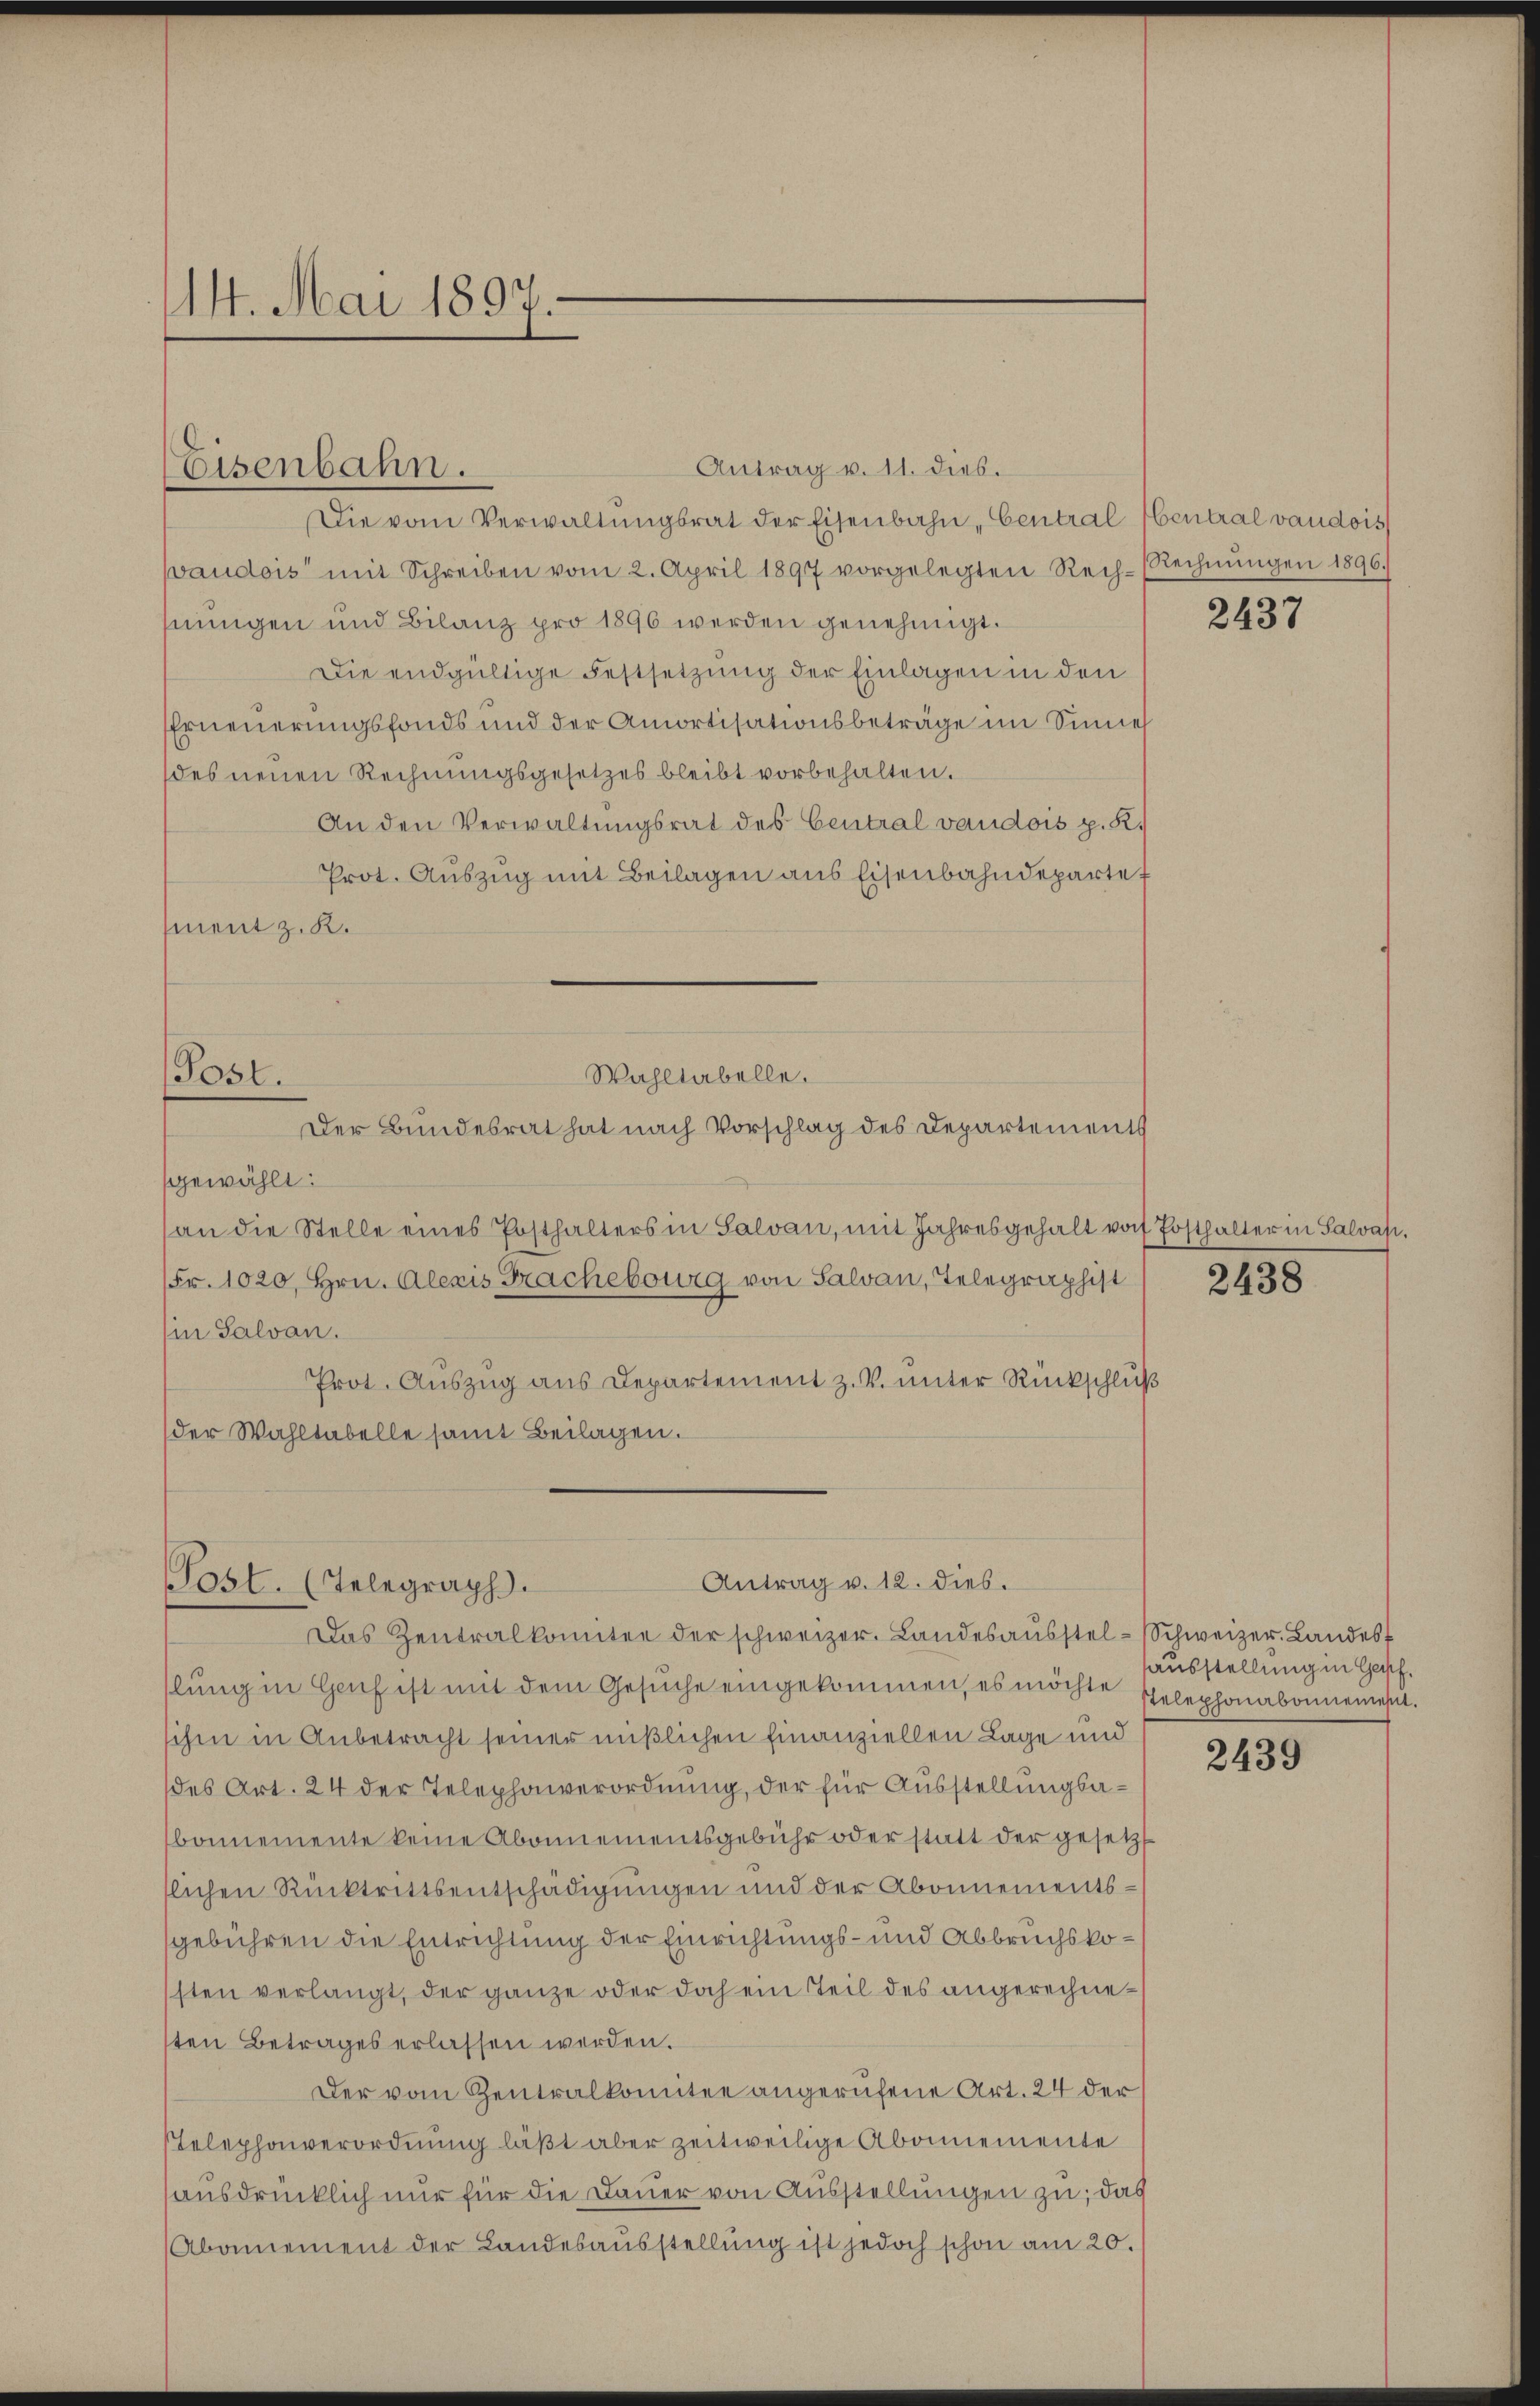
14. Mai 1897.

Antrag v. 11. dies.
Die vom Verwaltŭngsrat der Eisenbahn Central Central vaudois
vaudois mit Schreiben vom 2. April 1897 vorgelegten Rech-Rechnŭngen 1896.
hnungen und Bilanz pro 1896 werden genehmigt.
Die endgültige Festsetzung der Einlagen in den
Erneuerungsfonds und der Amortisationsbeträge im Sinnes
des neuen Rechnungsgesetzes bleibt vorbehalten.
An den Verwaltungsrat des Central vaudois p. R.
Prot. Auszug mit Beilagen aus Eisenbahndepartet
ment z. K.
Wahltabelle.
Post.
Der Bundesrat hat nach Vorschlag des Departements
gewählt:
(an die Stelle eines Posthalters in Salvan, mit Jahresgehalt von Posthalter in Salvasi
Fr. 1020, Hrn. Alexis Frachebourg von Salvan, Telegraphist
(in Salvan.
Prot. Auszug aus Departement z. V. unter Rückschluß
der Wahltabelle samt Beilagen.

Eisenbahn.

Antrag v. 12. dies.
Post. (Telegraph

Das Zentralkomitee der schweizer. Landesaŭsstel-Schweizer. Landes
lŭng in Genf ist mit dem Gesŭche eingekommen, es möchte Gelephonabonnement.
schen in Anbetracht seiner mißlichen Finanziellen Lage und
des Art. 24 der Telephonverordnung, der für Ausstellungsabonnemente keine Abonnementsgebühr oder statt der gesetzt
slichen Rücktrittsentschädigungen und der Abonnementsgebühren die Entrichtung der Einrichtungs- und Abbruchskosten verlangt, der ganze oder doch ein Teil des angerechneten Betrages erlassen werden.
Der vom Zentralkomitee angerufene Art. 24 der
Telephonverordnung läßt aber zeitweilige Abonnemente
ausdrücklich nur für die Dauer von Ausstellungen zu; das
Abamement der Landesaŭsstellŭng ist jedoch schon am 20.

2437

2438

ausstellung in Genf.

2439